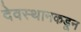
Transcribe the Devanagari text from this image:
देवस्थानकडून